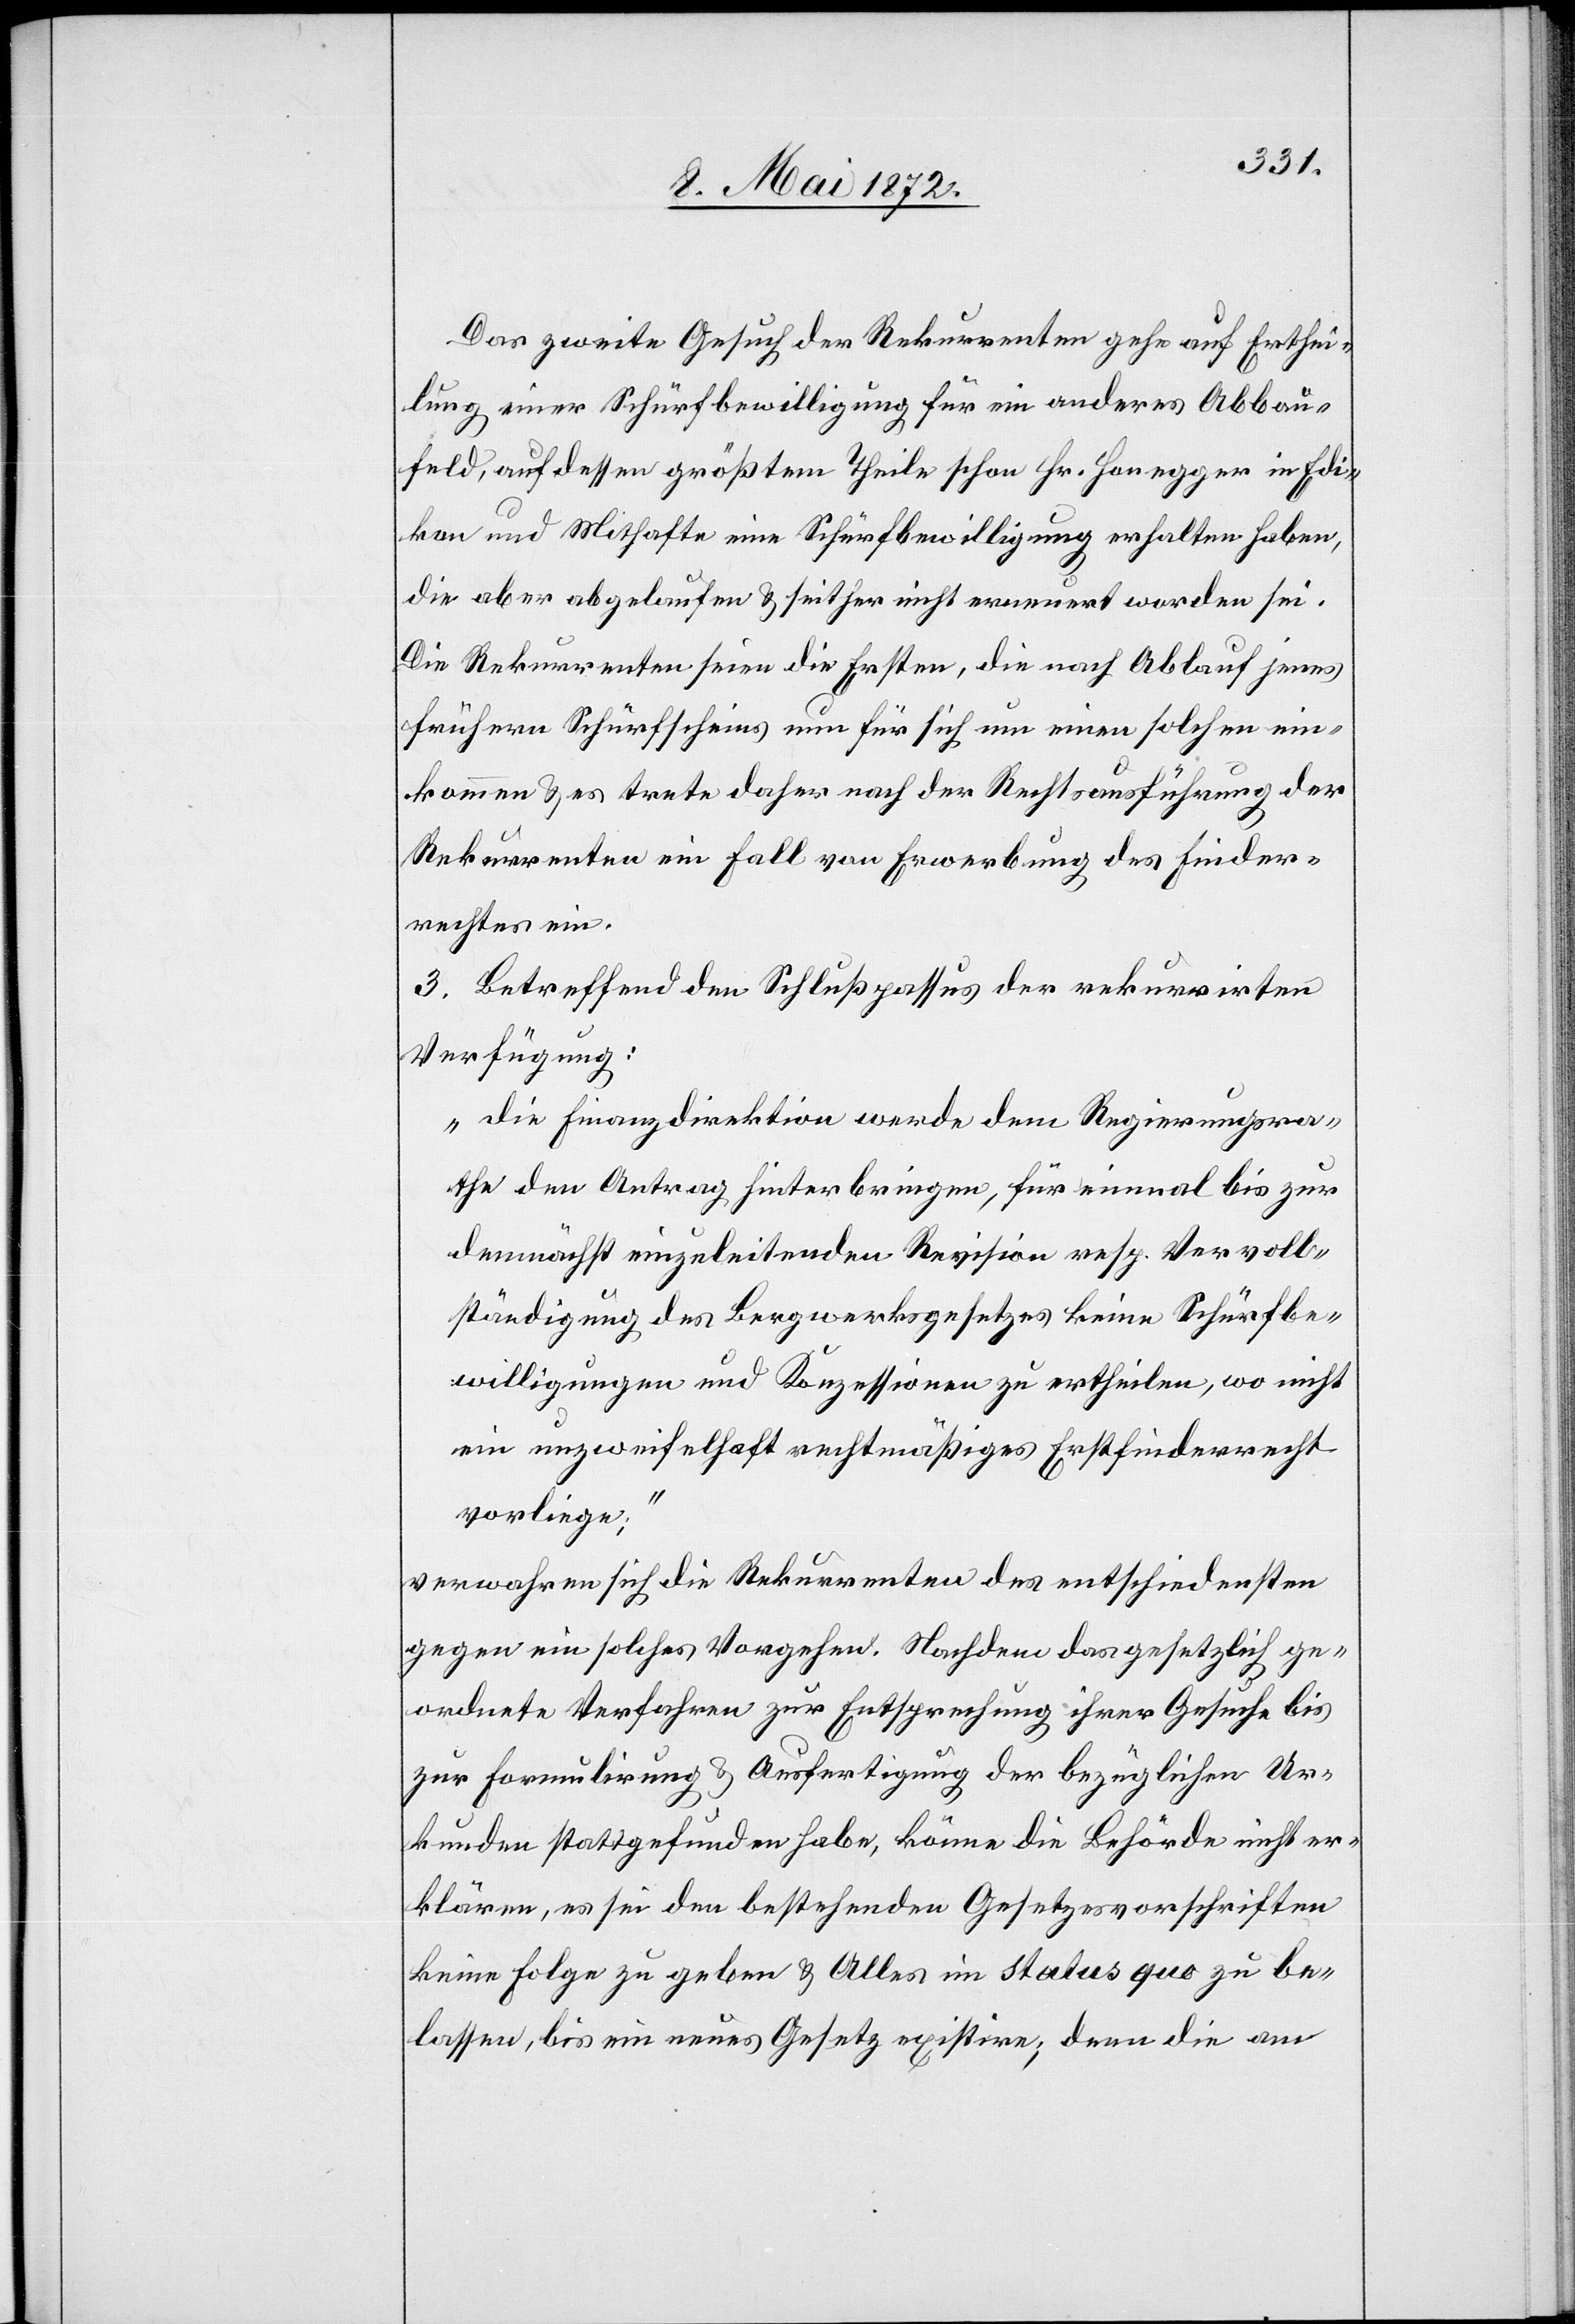
Das zweite Gesuch der Rekurrenten gehe auf Erthei¬
lung einer Schürfbewilligung für ein anderes Abbau¬
feld, auf dessen größtem Theile schon Hr. Honegger in Edi¬
kon und Mithafte eine Schürfbewilligung erhalten haben,
die aber abgelaufen u. seither nicht erneuert worden sei.
Die Rekurrenten seien die Ersten, die nach Ablauf jenes
frühern Schürfscheins nun für sich um einen solchen ein¬
kommen u. es trete daher nach der Rechtsausführung der
Rekurrenten ein Fall vor Erwerbung des Finder¬
rechtes ein.
3. Betreffend den Schlußpassus der rekurrirten
Verfügung:
„die Finanzdirektion werde dem Regierungsra¬
the den Antrag hinterbringen, für einmal bis zur
demnächst einzuleitenden Revision resp. Vervoll¬
ständigung des Bergwerksgesetzes keine Schürfbe¬
willigungen und Konzessionen zu ertheilen, wo nicht
ein unzweifelhaft rechtmäßiges Erstfinderrecht
vorliege;“
verwahren sich die Rekurrenten des entschiedensten
gegen ein solches Vorgehen. Nachdem das gesetzlich ge¬
ordnete Verfahren zur Entsprechung ihrer Gesuche bis
zur Formulirung u. Ausfertigung der bezüglichen Ur¬
kunden stattgefunden habe, könne die Behörde nicht er¬
klären, es sei den bestehenden Gesetzesvorschriften
keine Folge zu geben u. Alles im Status quo zu be¬
lassen, bis ein neues Gesetz existire; denn die am